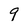
Character: 9